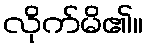
လိုက်မိ၏။